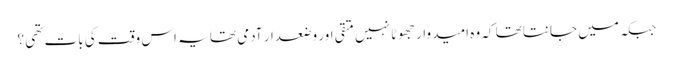
جبکہ میں جانتا تھا کہ وہ امید وار جھوٹا نہیں متقی اور وضعدار آدمی تھا یہ اس وقت کی بات تھی ؟